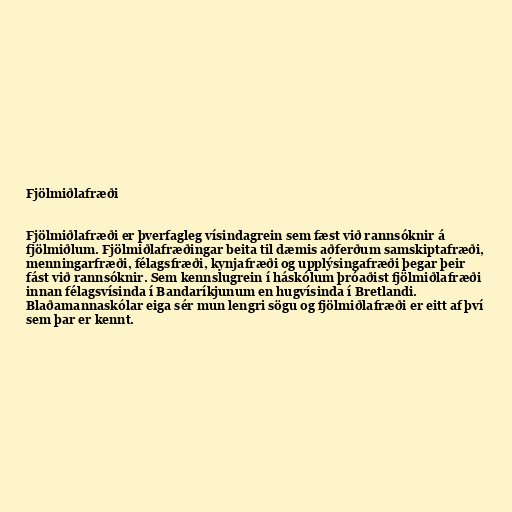
Fjölmiðlafræði

Fjölmiðlafræði er þverfagleg vísindagrein sem fæst við rannsóknir á
fjölmiðlum. Fjölmiðlafræðingar beita til dæmis aðferðum samskiptafræði,
menningarfræði, félagsfræði, kynjafræði og upplýsingafræði þegar þeir
fást við rannsóknir. Sem kennslugrein í háskólum þróaðist fjölmiðlafræði
innan félagsvísinda í Bandaríkjunum en hugvísinda í Bretlandi.
Blaðamannaskólar eiga sér mun lengri sögu og fjölmiðlafræði er eitt af því
sem þar er kennt.